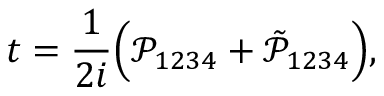
t = \frac { 1 } { 2 i } \Big ( \mathcal P _ { 1 2 3 4 } + \tilde { \mathcal { P } } _ { 1 2 3 4 } \Big ) ,